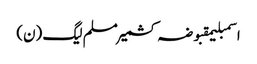
اسمبلیمقبوضہ کشمیرمسلم لیگ (ن)